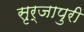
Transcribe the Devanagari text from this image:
सृर्जापुरी